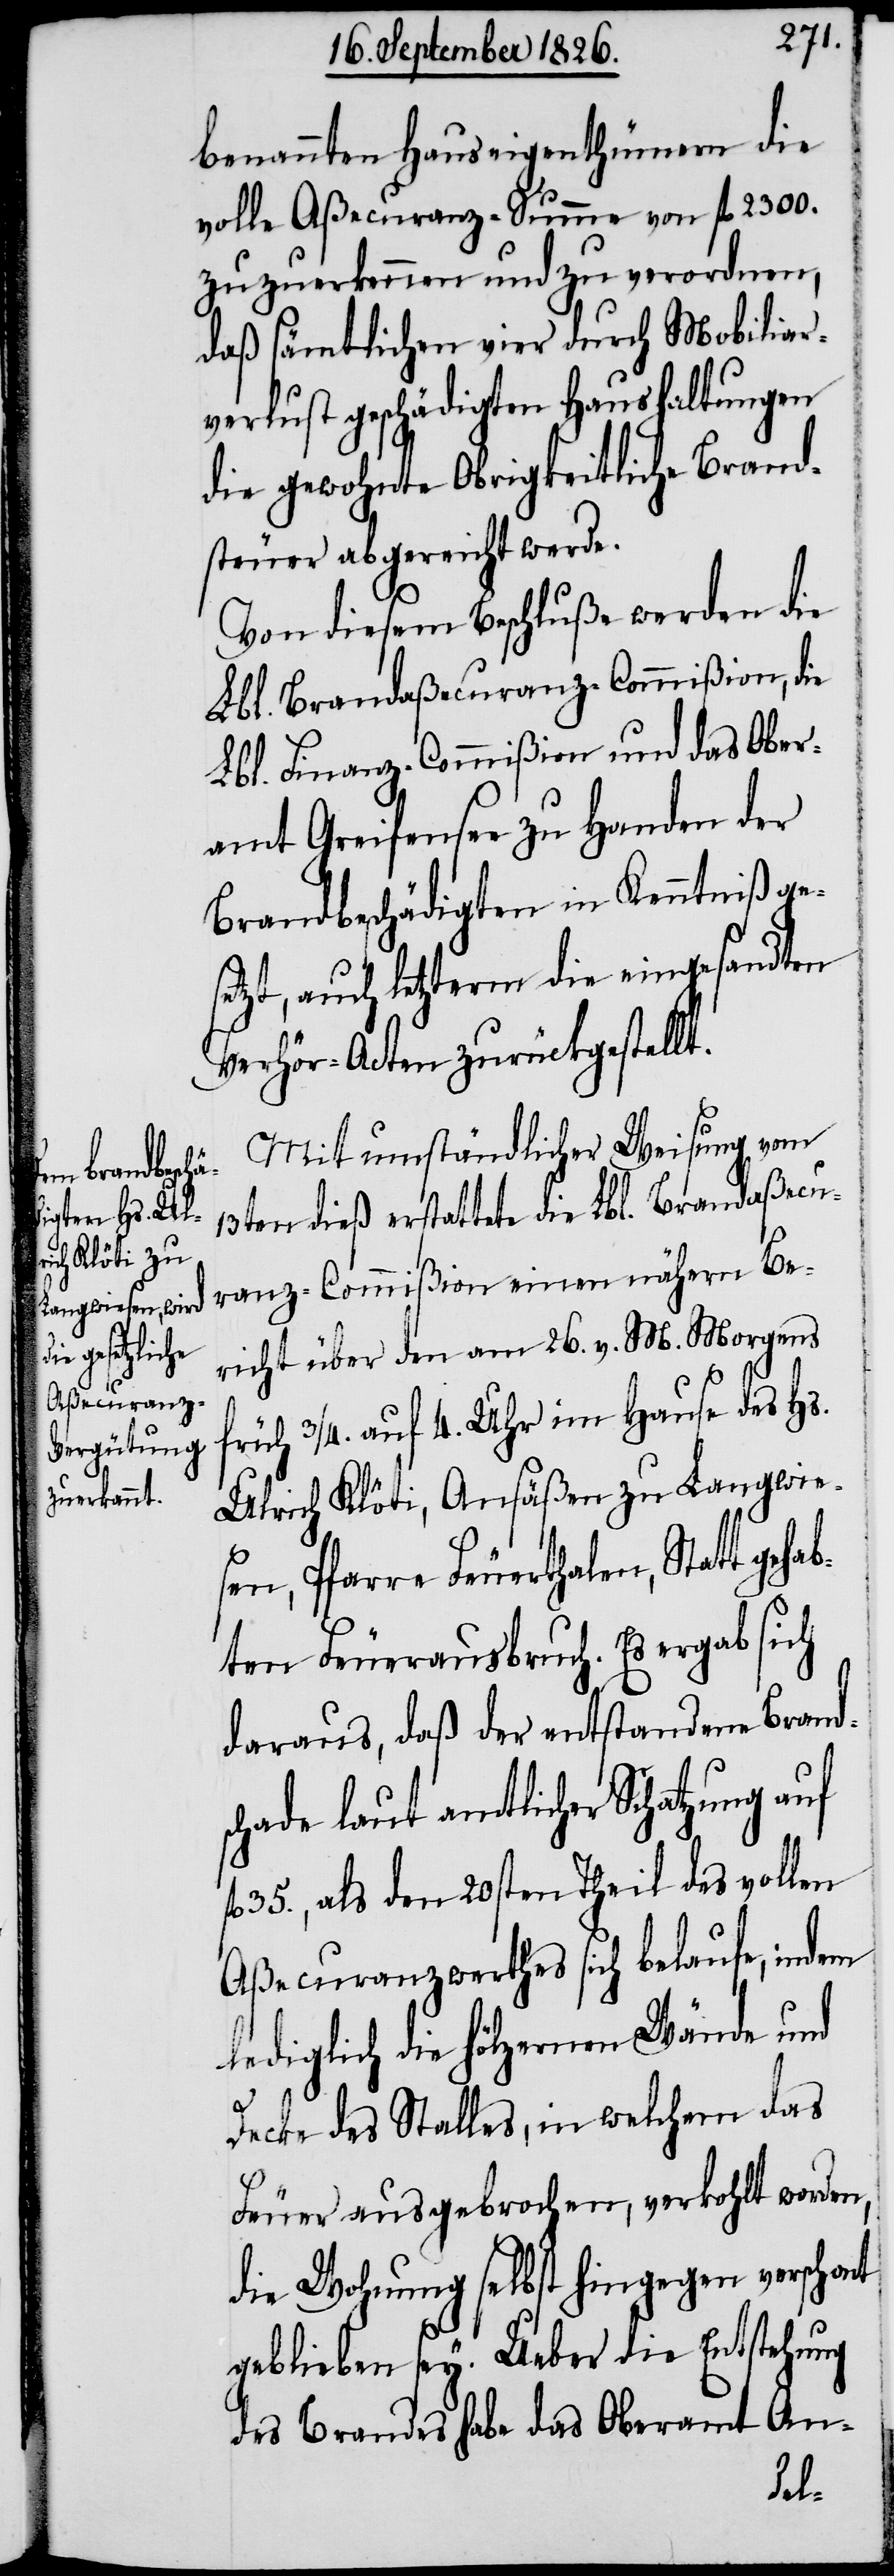
benannten Hauseigenthümern die
volle Aßecuranz-Summe von fl. 2300.
zuzuerkennen und zu verordnen,
daß sämtlichen vier durch Mobiliar¬
verlust geschädigten Haushaltungen
die gewohnte Obrigkeitliche Brand¬
steuer abgereicht werde.
Von diesem Beschluße werden die
Lbl. Brandaßecuranz-Commißion, die
Lbl. Finanz-Commißion und das Ober¬
amt Greifensee zu Handen der
Brandbeschädigten in Kenntniß ge¬
setzt, auch letzterm die eingesandten
Verhör-Acten zurückgestellt.
Mit umständlicher Weisung vom
13ten dieß erstattete die Lbl. Brandaßecu¬
ranzcommißion einen nähern Be¬
richt über den am 26. v. M. Morgens
früh 3/4. auf 4. Uhr im Hause des Hs.
Ulrich Klöti, Ansäßen zu Langwie¬
sen, Pfarre Feuerthalen, Statt
bten Feuerausbruch. Es ergab sich
daraus, daß der entstandene Brand¬
schade laut amtlicher Schatzung auf
35., als den 20sten Theil des vollen
Aßecuranzwerthes sich belaufe, indem
lediglich die hölzernen Wände und
Decke des Stalles, in welchem das
Feuer ausgebrochen, verkohlt worden,
die Wohnung selbst hingegen verschont
geblieben sey. Ueber die Entstehung
des Brandes habe das Oberamt An-
geha¬